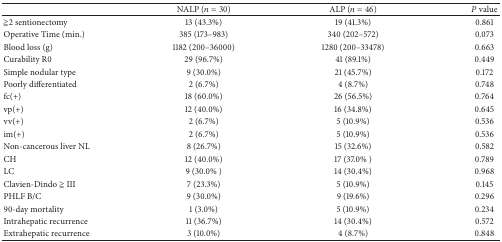
|  | NALP (n = 30) | ALP (n = 46) | P value |
 | --- | --- | --- | --- |
 | ≧2 sentionectomy | 13 (43.3%) | 19 (41.3%) | 0.861 |
 | Operative Time (min.) | 385 (173–983) | 340 (202–572) | 0.073 |
 | Blood loss (g) | 1182 (200–36000) | 1280 (200–33478) | 0.663 |
 | Curability R0 | 29 (96.7%) | 41 (89.1%) | 0.449 |
 | Simple nodular type | 9 (30.0%) | 21 (45.7%) | 0.172 |
 | Poorly differentiated | 2 (6.7%) | 4 (8.7%) | 0.748 |
 | fc(+) | 18 (60.0%) | 26 (56.5%) | 0.764 |
 | vp(+) | 12 (40.0%) | 16 (34.8%) | 0.645 |
 | vv(+) | 2 (6.7%) | 5 (10.9%) | 0.536 |
 | im(+) | 2 (6.7%) | 5 (10.9%) | 0.536 |
 | Non-cancerous liver NL | 8 (26.7%) | 15 (32.6%) | 0.582 |
 | CH | 12 (40.0%) | 17 (37.0% ) | 0.789 |
 | LC | 9 (30.0% ) | 14 (30.4%) | 0.968 |
 | Clavien-Dindo ≧ III | 7 (23.3%) | 5 (10.9%) | 0.145 |
 | PHLF B/C | 9 (30.0%) | 9 (19.6%) | 0.296 |
 | 90-day mortality | 1 (3.0%) | 5 (10.9%) | 0.234 |
 | Intrahepatic recurrence | 11 (36.7%) | 14 (30.4%) | 0.572 |
 | Extrahepatic recurrence | 3 (10.0%) | 4 (8.7%) | 0.848 |